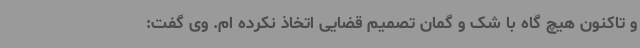
و تاکنون هیچ گاه با شک و گمان تصمیم قضایی اتخاذ نکرده ام. وی گفت: